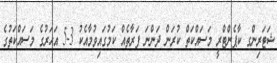
ޝަޓަރިންގ ކާޕެންޓްރީ މަސައްކަތް ކުރަން ދަންނަ ފަރާތެއް ކަމުގައިވުމާއެކު 3-5 އަހަރުގެ މަސައްކަތުގެ